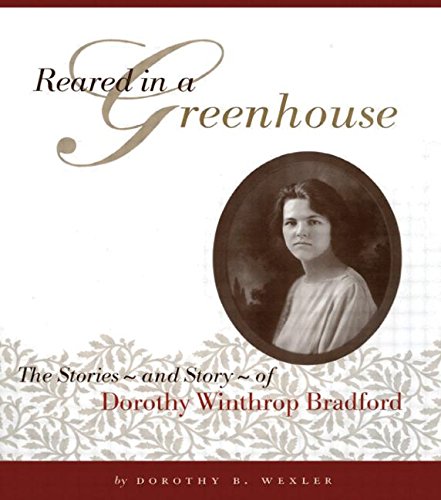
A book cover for Reared in a Greenhouse: The Stories - and Story - of Dorothy Winthrop Bradford; Dorothy B. Wexler; Crafts, Hobbies & Home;